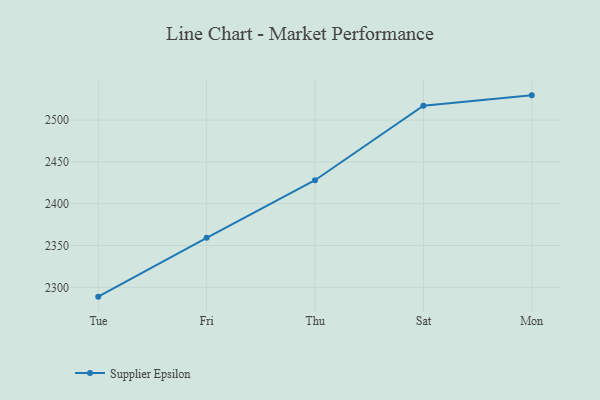
{"axis": {"x": "Day", "y": "Operating Costs (USD K)"}, "legend": ["Supplier Epsilon"], "data": [{"x": "Tue", "y": 2288.9, "type": "Supplier Epsilon"}, {"x": "Fri", "y": 2359.3, "type": "Supplier Epsilon"}, {"x": "Thu", "y": 2428.1, "type": "Supplier Epsilon"}, {"x": "Sat", "y": 2517.1, "type": "Supplier Epsilon"}, {"x": "Mon", "y": 2529.6, "type": "Supplier Epsilon"}]}